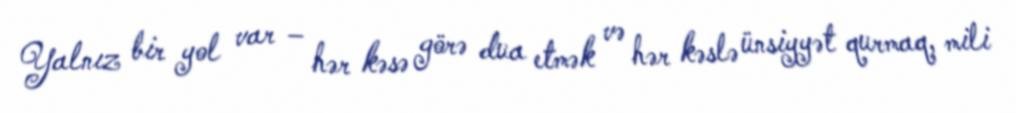
Yalnız bir yol var – hər kəsə görə dua etmək və hər kəslə ünsiyyət qurmaq, mili